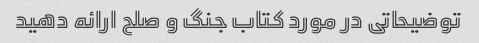
توضیحاتی در مورد کتاب جنگ و صلح ارائه دهید